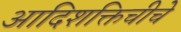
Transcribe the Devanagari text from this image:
आदिशक्तिचीचे